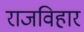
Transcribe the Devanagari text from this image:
राजविहार